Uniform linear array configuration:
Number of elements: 8
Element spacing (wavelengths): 0.75
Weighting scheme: blackman
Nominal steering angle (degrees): -45
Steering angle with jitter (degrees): -46.547
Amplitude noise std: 0.05
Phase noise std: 0.05

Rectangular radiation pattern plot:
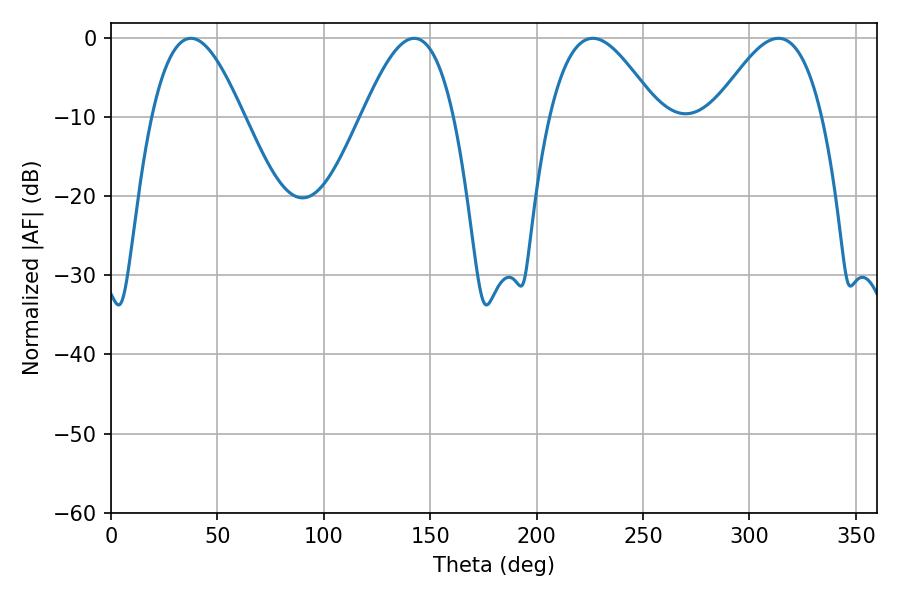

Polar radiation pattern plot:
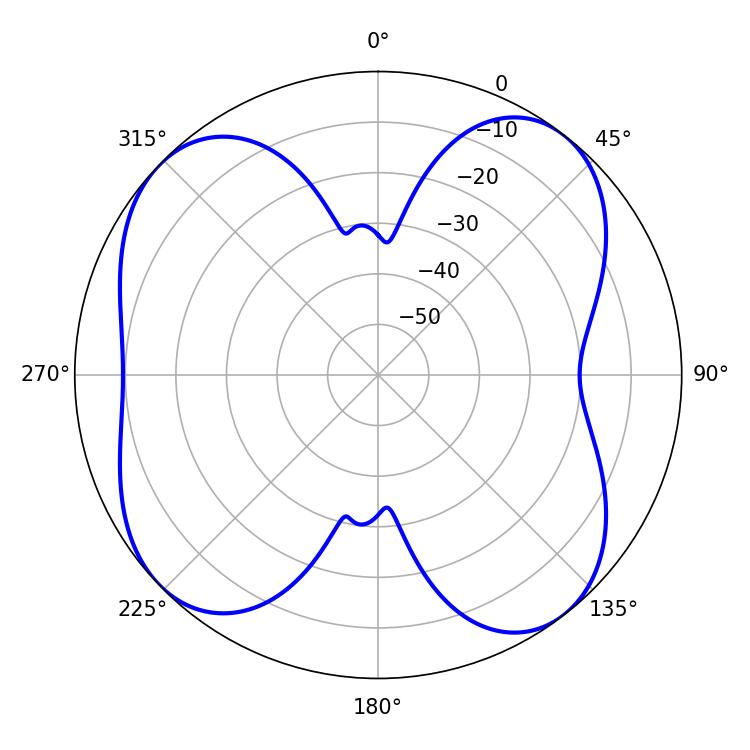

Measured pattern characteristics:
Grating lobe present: TRUE
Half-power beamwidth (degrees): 27.54
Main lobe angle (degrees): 226.44